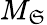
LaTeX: M_{\mathfrak{S}}